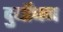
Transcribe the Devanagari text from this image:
दुर्योंधन